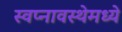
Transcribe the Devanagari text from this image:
स्वप्नावस्थेमध्ये